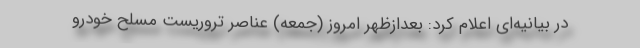
در بیانیه‌ای اعلام کرد: بعدازظهر امروز (جمعه) عناصر تروریست مسلح خودرو